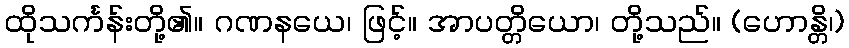
ထိုသင်္ကန်းတို့၏။ ဂဏနယေ၊ ဖြင့်။ အာပတ္တိယော၊ တို့သည်။ (ဟောန္တိ၊)